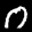
Label: 0